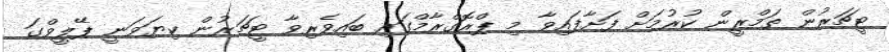
ޓީޗަރުން ތަމްރީން ކުރުމަށް ފަށާފައިވާ މި ޕްރޮގްރާމްގައި ބައިވެރިވާ ޓީޗަރުން ކިޔަވަނީ ޕޭލީވްގަ